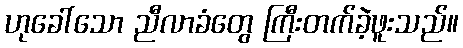
ဟုခေါ်သော ညီလာခံတွေ ကြီးတက်ခဲ့ဖူးသည်။